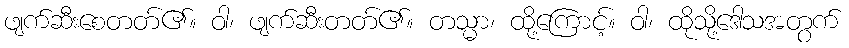
ဖျက်ဆီးစေတတ်၏။ ဝါ၊ ဖျက်ဆီးတတ်၏။ တသ္မာ၊ ထို့ကြောင့်။ ဝါ၊ ထိုသို့ဒေါသအတွက်